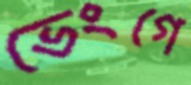
ভেংগে